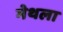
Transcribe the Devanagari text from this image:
मेथला